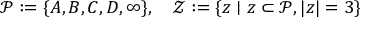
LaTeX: { \mathcal { P } } : = \{ A , B , C , D , \infty \} , \quad { \mathcal { Z } } : = \{ z \mid z \subset { \mathcal { P } } , | z | = 3 \}